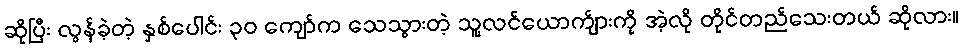
ဆိုပြီး လွန်ခဲ့တဲ့ နှစ်ပေါင်း ၃၀ ကျော်က သေသွားတဲ့ သူ့လင်ယောက်ျားကို အဲ့လို တိုင်တည်သေးတယ် ဆိုလား။